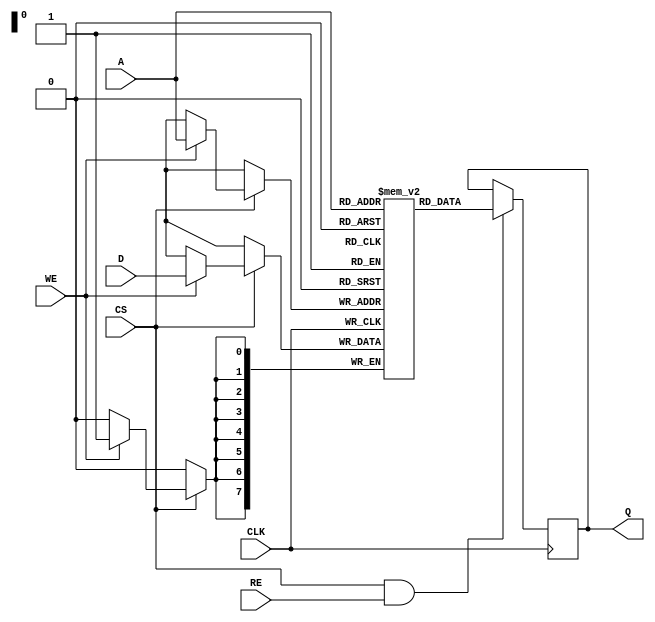
module eSRAM #(
    parameter WORD_SIZE = 8,  // Configurable word size (8, 16, 32, etc.)
    parameter DEPTH = 256      // Number of memory locations (rows)
)(
    input wire                  CLK,      // Clock input
    input wire                  CS,       // Chip select
    input wire                  WE,       // Write enable
    input wire                  RE,       // Read enable
    input wire [WORD_SIZE-1:0] D,        // Data input
    input wire [$clog2(DEPTH)-1:0] A,    // Address input
    output reg [WORD_SIZE-1:0] Q         // Data output
);

    // Memory array declaration
    reg [WORD_SIZE-1:0] memory [0:DEPTH-1];

    // Write operation
    always @(posedge CLK) begin
        if (CS) begin
            if (WE) begin
                memory[A] <= D;  // Write data to memory
            end
        end
    end

    // Read operation
    always @(posedge CLK) begin
        if (CS && RE) begin
            Q <= memory[A];  // Read data from memory
        end
    end

endmodule